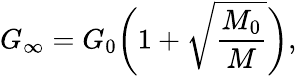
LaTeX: G_{\infty}=G_{0}\biggl(1+\sqrt{\frac{M_{0}}{M}}\biggr),